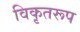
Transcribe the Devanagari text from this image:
विकृतरूप